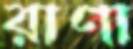
রাণা